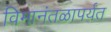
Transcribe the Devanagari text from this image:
विमानंतळापर्यंत